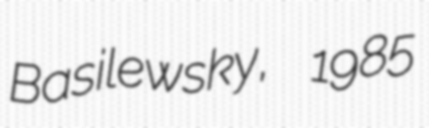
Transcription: Basilewsky, 1985